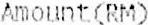
AMOUNT(RM)